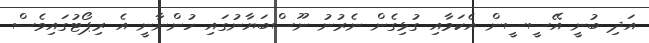
އަދި ބުނީ އޭސީސީން އެކަމާއި ގުޅިގެން ނެރުނު ނޫސްބަޔާނުގައި ހުންނާނީ އެ ރިޕޯޓުގައިވެސް